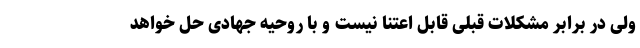
ولی در برابر مشکلات قبلی قابل اعتنا نیست و با روحیه جهادی حل خواهد